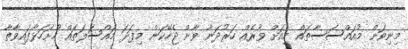
މިނިވަން މުއައްސަސާތައް މިއަށް ވުރެއް ހަރުދަނާ ވާން ޖެހޭކަން މިފަދަ މަައްސަލަތައް ހުށަހަޅާފައިވާތާ